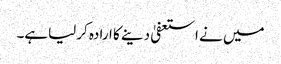
میں نے استعفیٰ دینے کا ارادہ کرلیاہے۔